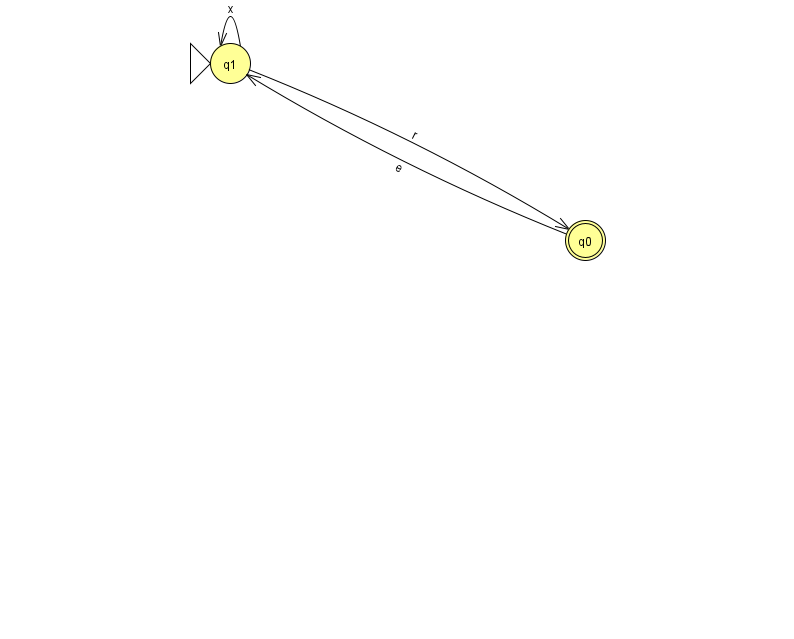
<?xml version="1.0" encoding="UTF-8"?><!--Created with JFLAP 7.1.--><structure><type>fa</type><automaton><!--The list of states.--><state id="0" name="q0"><x>585.0</x><y>227.0</y><final/></state><state id="1" name="q1"><x>230.0</x><y>50.0</y><initial/></state><!--The list of transitions.--><transition><from>0</from><to>1</to><read>e</read></transition><transition><from>1</from><to>0</to><read>r</read></transition><transition><from>1</from><to>1</to><read>x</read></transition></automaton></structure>